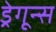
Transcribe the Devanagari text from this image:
ड्रेगून्स